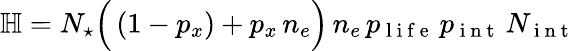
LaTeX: \mathbb H=N_{\star}\Big(\left(1-p_{x}\right)+p_{x}\, n_{e}\Big)\, n_{e}\, p_{\mathrm{~l~i~f~e~}}\, p_{\mathrm{~i~n~t~}}\, N_{\mathrm{~i~n~t~}}